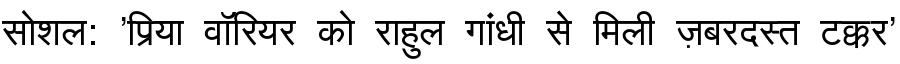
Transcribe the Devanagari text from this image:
सोशल: 'प्रिया वॉरियर को राहुल गांधी से मिली ज़बरदस्त टक्कर'